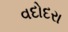
વદોદરા